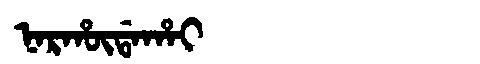
Manchu: ᠨᠠᡵᡥᡡᡩᠠᡥᠠᡳ
Romanization: NARHŪDAHAI